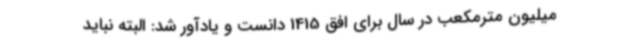
میلیون مترمکعب در سال برای افق 1415 دانست و یادآور شد: البته نباید